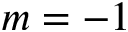
m = - 1